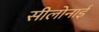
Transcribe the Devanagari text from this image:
सीलोनाई